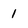
Character: 1